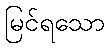
မြင်ရသော